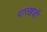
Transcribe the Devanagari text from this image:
पारखजी